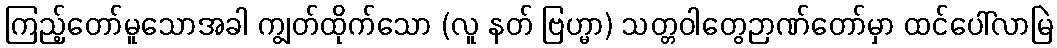
ကြည့်တော်မူသောအခါ ကျွတ်ထိုက်သော (လူ နတ် ဗြဟ္မာ) သတ္တဝါတွေဉာဏ်တော်မှာ ထင်ပေါ်လာမြဲ